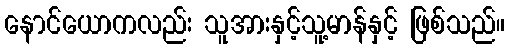
နောင်ယောကလည်း သူအားနှင့်သူ့မာန်နှင့် ဖြစ်သည်။